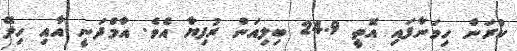
ކުރަން ހިމަނާފައި އޮތީ 24.9 ބިލިއަން ރުފިޔާ އެވެ. އާމްދަނީ އާއި ހިލޭ